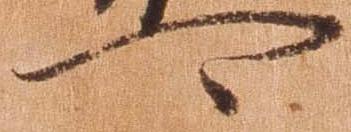
可